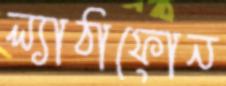
ল্যাঠাফোন